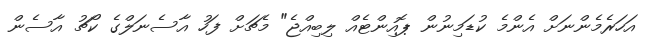
އަހަރެމެންނަށް އެންމެ ކުޑަމިނުން ޕޮއިންޓެއް ލިބިއްޖެ" މެޗަށް ފަހު އާސެނަލްގެ ކޯޗު އާސެން